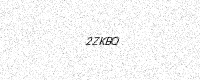
Text: 2ZKBQ